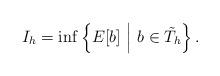
LaTeX: \begin{align*}I_h=\inf \left\{E[b]\ \middle|\ b\in \tilde{T}_h \right\}. \end{align*}